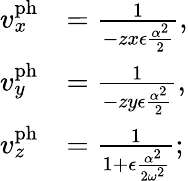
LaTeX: \begin{array}{rl}{v_{x}^{\mathrm{ph}}}&{=\frac{1}{-zx\epsilon\frac{\alpha^{2}}{2}},}\\ {v_{y}^{\mathrm{ph}}}&{=\frac{1}{-zy\epsilon\frac{\alpha^{2}}{2}},}\\ {v_{z}^{\mathrm{ph}}}&{=\frac{1}{1+\epsilon\frac{\alpha^{2}}{2\omega^{2}}};}\end{array}